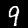
Digit: 9